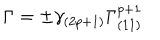
LaTeX: \Gamma = \pm \gamma _ { ( 2 p + 1 ) } \Gamma _ { ( 1 1 ) } ^ { p + 1 }